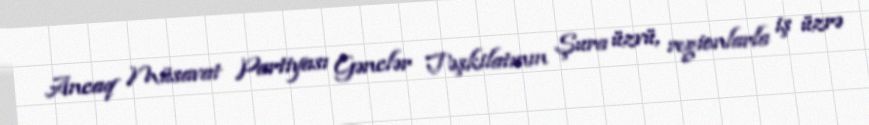
Ancaq Müsavat Partiyası Gənclər Təşkilatının Şura üzvü, regionlarla iş üzrə